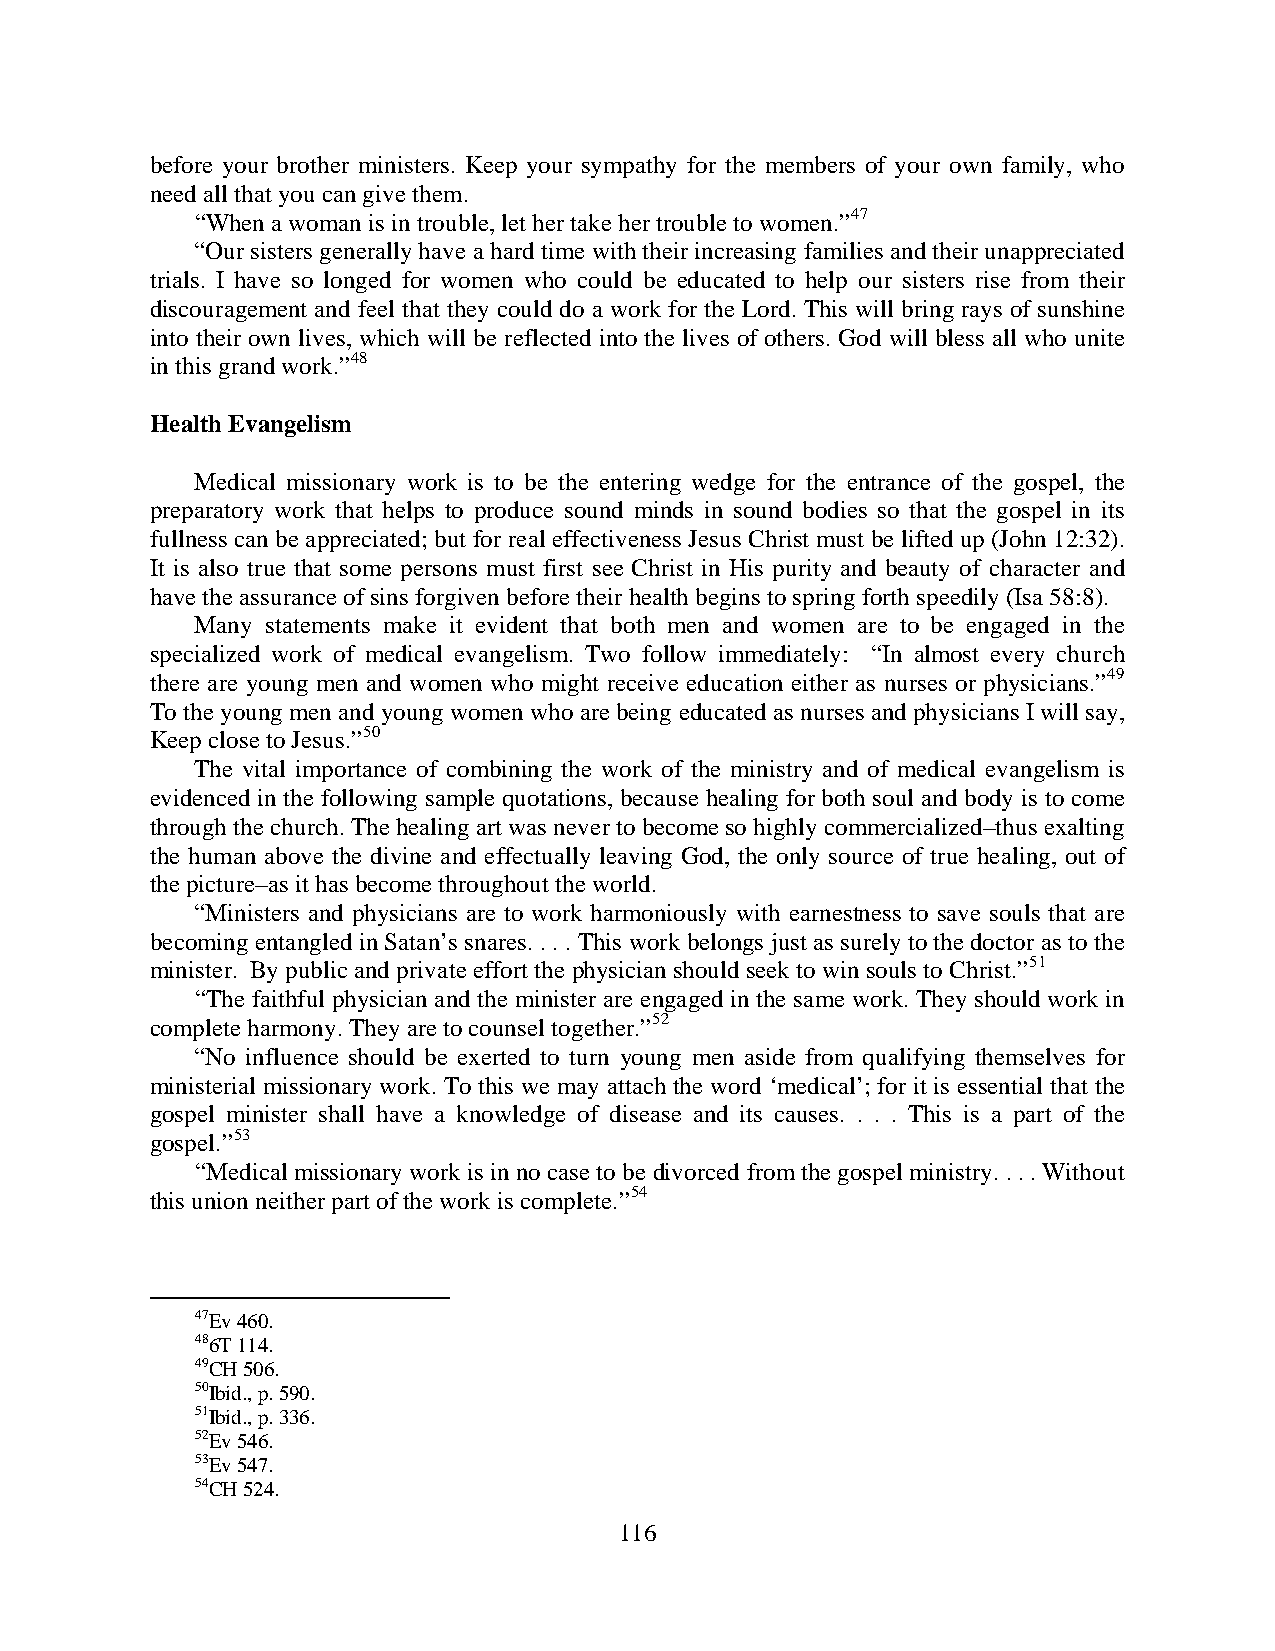
before your brother ministers. Keep your sympathy for the members of your own family, who
 need all that you can give them.
 “When a woman is in trouble, let her take her trouble to women.”47
 “Our sisters generally have a hard time with their increasing families and their unappreciated
 trials. I have so longed for women who could be educated to help our sisters rise from their
 discouragement and feel that they could do a work for the Lord. This will bring rays of sunshine
 into their own lives, which will be reflected into the lives of others. God will bless all who unite
 in this grand work.”48
 Health Evangelism
 Medical missionary work is to be the entering wedge for the entrance of the gospel, the
 preparatory work that helps to produce sound minds in sound bodies so that the gospel in its
 fullness can be appreciated; but for real effectiveness Jesus Christ must be lifted up (John 12:32).
 It is also true that some persons must first see Christ in His purity and beauty of character and
 have the assurance of sins forgiven before their health begins to spring forth speedily (Isa 58:8).
 Many statements make it evident that both men and women are to be engaged in the
 specialized work of medical evangelism. Two follow immediately: “In almost every church
 there are young men and women who might receive education either as nurses or physicians.”49
 To the young men and young women who are being educated as nurses and physicians I will say,
 Keep close to Jesus.”50
 The vital importance of combining the work of the ministry and of medical evangelism is
 evidenced in the following sample quotations, because healing for both soul and body is to come
 through the church. The healing art was never to become so highly commercialized–thus exalting
 the human above the divine and effectually leaving God, the only source of true healing, out of
 the picture–as it has become throughout the world.
 “Ministers and physicians are to work harmoniously with earnestness to save souls that are
 becoming entangled in Satan’s snares. . . . This work belongs just as surely to the doctor as to the
 minister. By public and private effort the physician should seek to win souls to Christ.”51
 “The faithful physician and the minister are engaged in the same work. They should work in
 complete harmony. They are to counsel together.”52
 “No influence should be exerted to turn young men aside from qualifying themselves for
 ministerial missionary work. To this we may attach the word ‘medical’; for it is essential that the
 gospel minister shall have a knowledge of disease and its causes. . . . This is a part of the
 gospel.”53
 “Medical missionary work is in no case to be divorced from the gospel ministry. . . . Without
 this union neither part of the work is complete.”54
 47Ev 460.
 486T 114.
 49CH 506.
 50Ibid., p. 590.
 51Ibid., p. 336.
 52Ev 546.
 53Ev 547.
 54CH 524.
 116